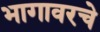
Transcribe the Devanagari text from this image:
भागावरचे